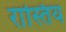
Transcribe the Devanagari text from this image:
रास्तिय